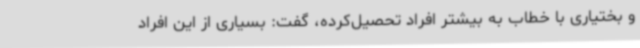
و بختیاری با خطاب به بیشتر افراد تحصیل‌کرده، گفت: بسیاری از این افراد